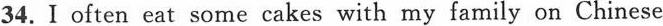
34.I often eat some cakes with my family on Chinese